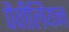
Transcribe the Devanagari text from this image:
पैवीलियन